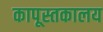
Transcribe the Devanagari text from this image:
कापूस्तकालय